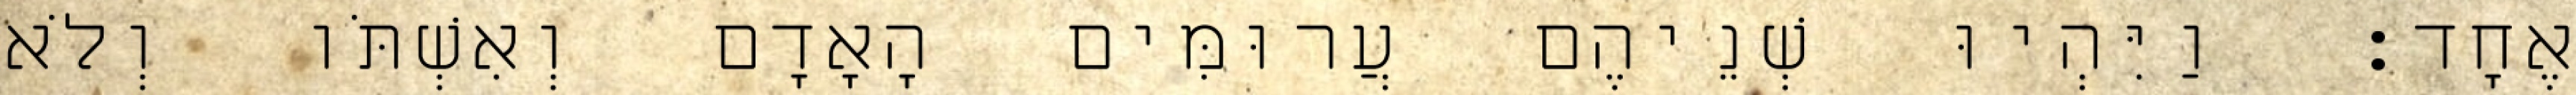
אֶחָד׃ וַיִּהְיוּ שְׁנֵיהֶם עֲרוּמִּים הָאָדָם וְאִשְׁתֹּו וְלֹא